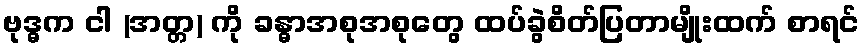
ဗုဒ္ဓက ငါ (အတ္တ) ကို ခန္ဓာအစုအစုတွေ ထပ်ခွဲစိတ်ပြတာမျိုးထက် စာရင်